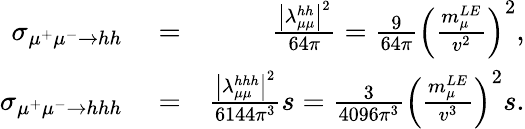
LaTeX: \begin{array}{rlr}{\sigma_{\mu^{+}\mu^{-}\to hh}}&{{}=}&{\frac{\left|\lambda_{\mu\mu}^{hh}\right|^{2}}{64\pi}=\frac{9}{64\pi}\left(\frac{m_{\mu}^{LE}}{v^{2}}\right)^{2},}\\ {\sigma_{\mu^{+}\mu^{-}\to hhh}}&{{}=}&{\frac{\left|\lambda_{\mu\mu}^{hhh}\right|^{2}}{6144\pi^{3}}s=\frac{3}{4096\pi^{3}}\left(\frac{m_{\mu}^{LE}}{v^{3}}\right)^{2}s.}\end{array}